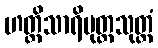
ဟတ္ထိသာရိပုတ္တသုတ္တံ